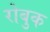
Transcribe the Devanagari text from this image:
रोबुक